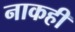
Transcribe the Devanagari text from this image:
नाकही